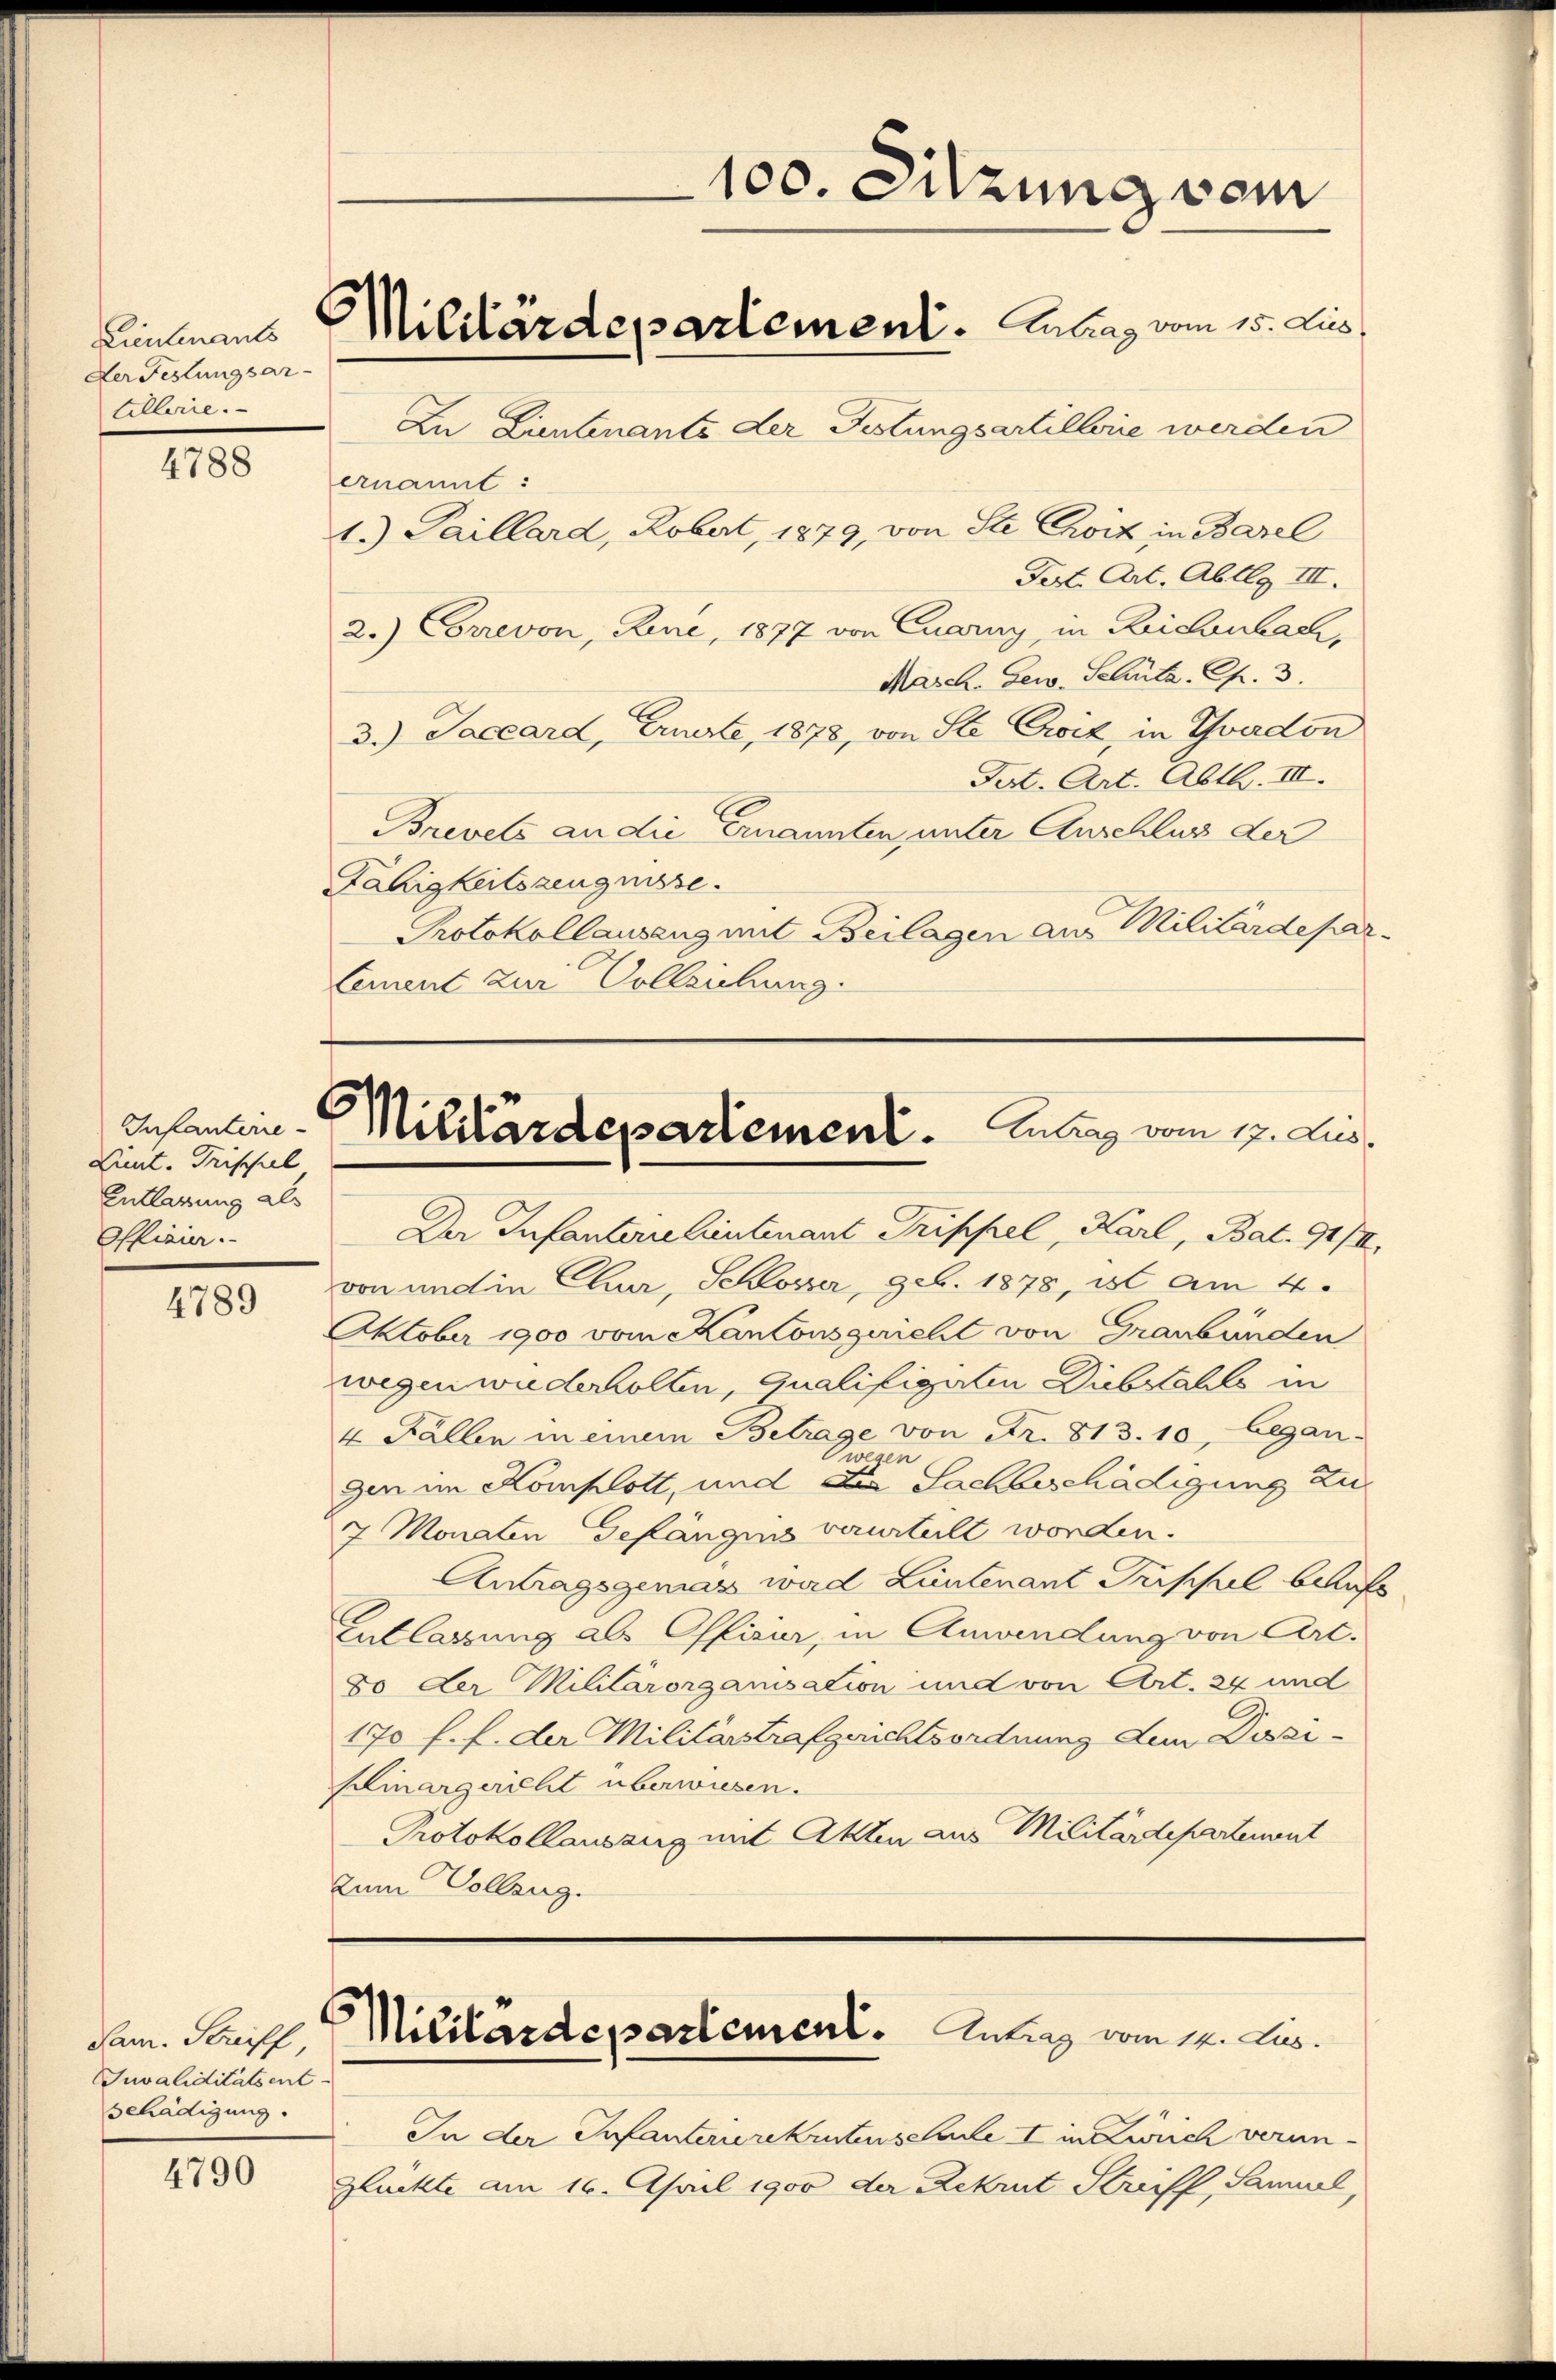
Lieutenants
Der Festungsar
tillerie.

4788

Infanterie-
Lint. Trischul
Entlagung als
Offizia.

4789

Sam. Striff,
Suvaliditätsent
schädigung.

4790

100. Sitzung vom
Militärdepartement. Antrag vom 15. Jus

In Lientenants der Festungsartillerie werden
ernannt:
1.) Paillard, Robat, 1879, von Ste Choit in Barel
Pert. Art. Ableg III.
2.) Correvon, Rene, 1877 von Quarny, in Beidenbach,
Masch. Gew. Schutz. Ch. 3.
3.) Jaccard, Erwarte, 1878, von Ste Croit, in Yvadon
Tat. Art. Abth. III.
Brevets an die Ernannten, unter Anschluss der
Fähigkeitszeugnisse.
Protokollausang mit Beilagen aus Militärdepar
Cement zur Volleichung.

Militärdepartement. Antrag vom 17. Jus

Der Infanterne lieutenant Trippel, Karl, Bat. 91/II
von und in Chur, Schlosser, geb. 1878, ist am 4.
Oktober 1900 vom Kantonsgericht von Graubünden
wegen wiederholten, Qualifigaten Diebstahls in
4 Fällen in einem Betrage von Fr. 81 d. 10, began-
Vwegen
gen im Komplott, und die Sachbeschädigung zu
7 Monaten Gefängens verurteilt worden.
Antragsgemas ward Lüntenant Frischel behufs
Entlassung als Offizir, in Anwendung von Art.
80 der Militärorganisation und von Art. 24 und
170 f. f. der Militärstrafgerichtsordnung dem Dozi¬
Kinargericht überwiesen.
Protokollauszug mit Akten aus Militärdepartenant
zum Vollzug.

/
Militärdepartement. Antrag vom 12. Aus

In der Infanterierekastenschule I in Zürich verun-
glückte am 16. April 1900 der Rekrut Streiff, Saniel,